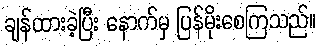
ချန်ထားခဲ့ပြီး နောက်မှ ပြန်မိုးစေကြသည်။